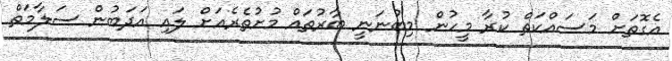
އެގޮތަށް މަސައްކަތް ކުރާ މީހުން މިބުނަނީ ބާރުތައް މުށުތެރެއަށް ލައި އަދަބުން ސަލާމަތް